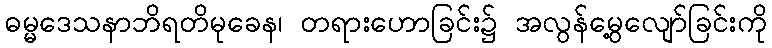
ဓမ္မဒေသနာဘိရတိမုခေန၊ တရားဟောခြင်း၌ အလွန်မွေ့လျော်ခြင်းကို